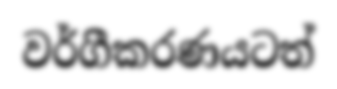
වර්ගීකරණයටත්